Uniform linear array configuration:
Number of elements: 24
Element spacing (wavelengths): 0.5
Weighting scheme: uniform
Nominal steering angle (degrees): -60
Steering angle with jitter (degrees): -59.269
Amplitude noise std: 0.05
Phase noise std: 0.05

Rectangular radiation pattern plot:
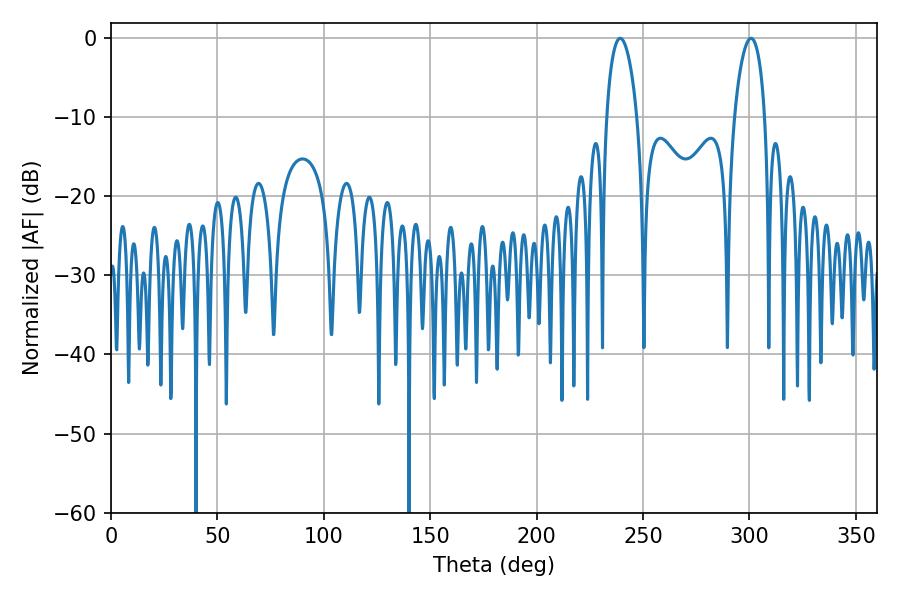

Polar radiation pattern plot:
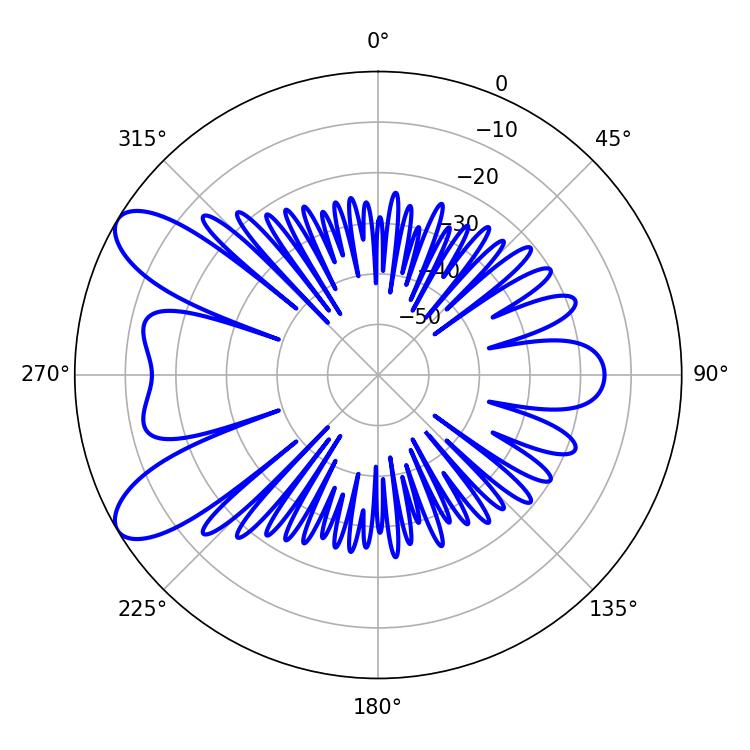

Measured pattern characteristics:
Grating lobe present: FALSE
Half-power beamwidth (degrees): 8.1
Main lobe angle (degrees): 239.22